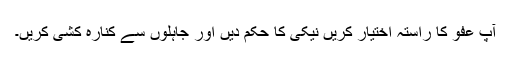
آپ عفو کا راستہ اختیار کریں نیکی کا حکم دیں اور جاہلوں سے کنارہ کشی کریں۔